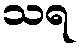
သရ